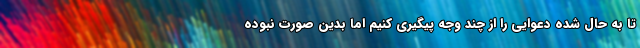
تا به حال شده دعوایی را از چند وجه پیگیری کنیم اما بدین صورت نبوده